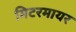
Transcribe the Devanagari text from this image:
मिटरमायर